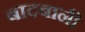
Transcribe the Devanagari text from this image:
बादबानी